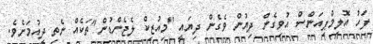
ފަހު އޮލިމްޕިއަންސް އުވިގެން ދިޔުން ވެގެން ދިޔައީ "މިއުޒިކް ލެޖެންޑުން"ތަކެއް ނެތި ދިއުމަށެވެ.